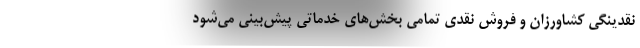
نقدینگی کشاورزان و فروش نقدی تمامی بخش‌های خدماتی پیش‌بینی می‌شود